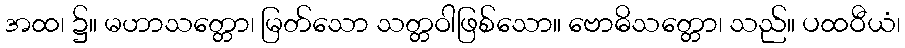
အထ၊ ၌။ မဟာသတ္တော၊ မြတ်သော သတ္တဝါဖြစ်သော။ ဗောဓိသတ္တော၊ သည်။ ပထဝီယံ၊